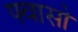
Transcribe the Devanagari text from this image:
फ्वासो